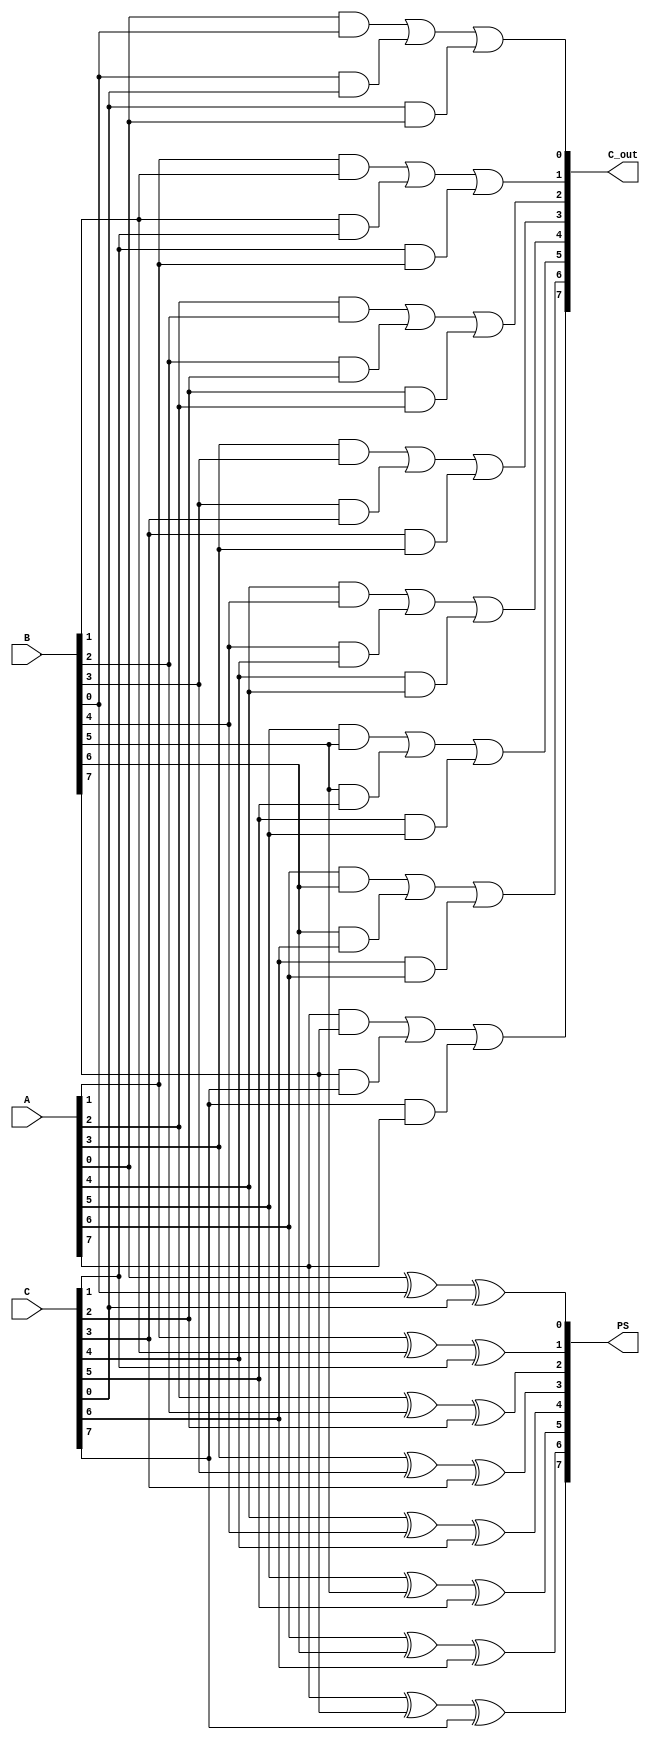
module CSA #(
    parameter N = 8  // Number of bits for the operands
) (
    input  [N-1:0] A,   // First operand
    input  [N-1:0] B,   // Second operand
    input  [N-1:0] C,   // Third operand
    output [N-1:0] PS,  // Partial Sum output
    output [N-1:0] C_out // Carry output
);
    
    // Intermediate carry and partial sums for each bit position
    wire [N-1:0] sum_mid;
    wire [N-1:0] carry_mid;

    genvar i;
    generate
        for (i = 0; i < N; i = i + 1) begin : CSA_stage
            // Calculate Partial Sum and Carry for each bit position
            assign sum_mid[i] = A[i] ^ B[i] ^ C[i];  // Partial Sum: A XOR B XOR C
            assign carry_mid[i] = (A[i] & B[i]) | (B[i] & C[i]) | (C[i] & A[i]);  // Carry: (A AND B) OR (B AND C) OR (C AND A)
        end
    endgenerate

    // Assign outputs of the CSA
    assign PS = sum_mid;         // Assign the partial sum to output
    assign C_out = carry_mid;    // Assign the carry output

endmodule